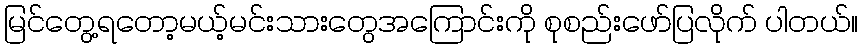
မြင်တွေ့ရတော့မယ့်မင်းသားတွေအကြောင်းကို စုစည်းဖော်ပြလိုက် ပါတယ်။